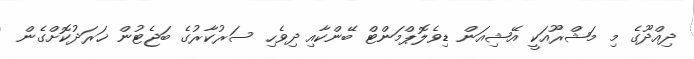
ދިއްދޫގެ މި މަޝްރޫއަކީ އޭޝިއަން ޑިވެލޮޕްމަންޓް ބޭންކާއި ދިވެހި ސަރުކާރުގެ ބަޖެޓުން ޚަރަދުކޮށްގެން